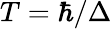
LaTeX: T=\hbar/\Delta